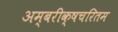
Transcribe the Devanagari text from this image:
अम्बरीक्षचरितम